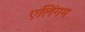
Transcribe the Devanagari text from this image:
एलिंगम